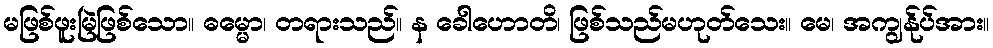
မဖြစ်ဖူးမြဲဖြစ်သော။ ဓမ္မော၊ တရားသည်။ န ခေါဟောတိ၊ ဖြစ်သည်မဟုတ်သေး။ မေ၊ အကျွန်ုပ်အား။